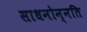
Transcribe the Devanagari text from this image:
साधनोन्नति